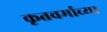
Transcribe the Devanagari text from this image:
कृतवर्माच्या